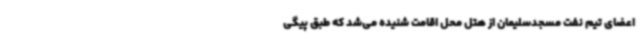
اعضای تیم نفت مسجدسلیمان از هتل محل اقامت شنیده می‌شد که طبق پیگی